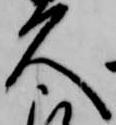
久